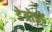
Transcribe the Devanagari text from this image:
डेत्रोइड